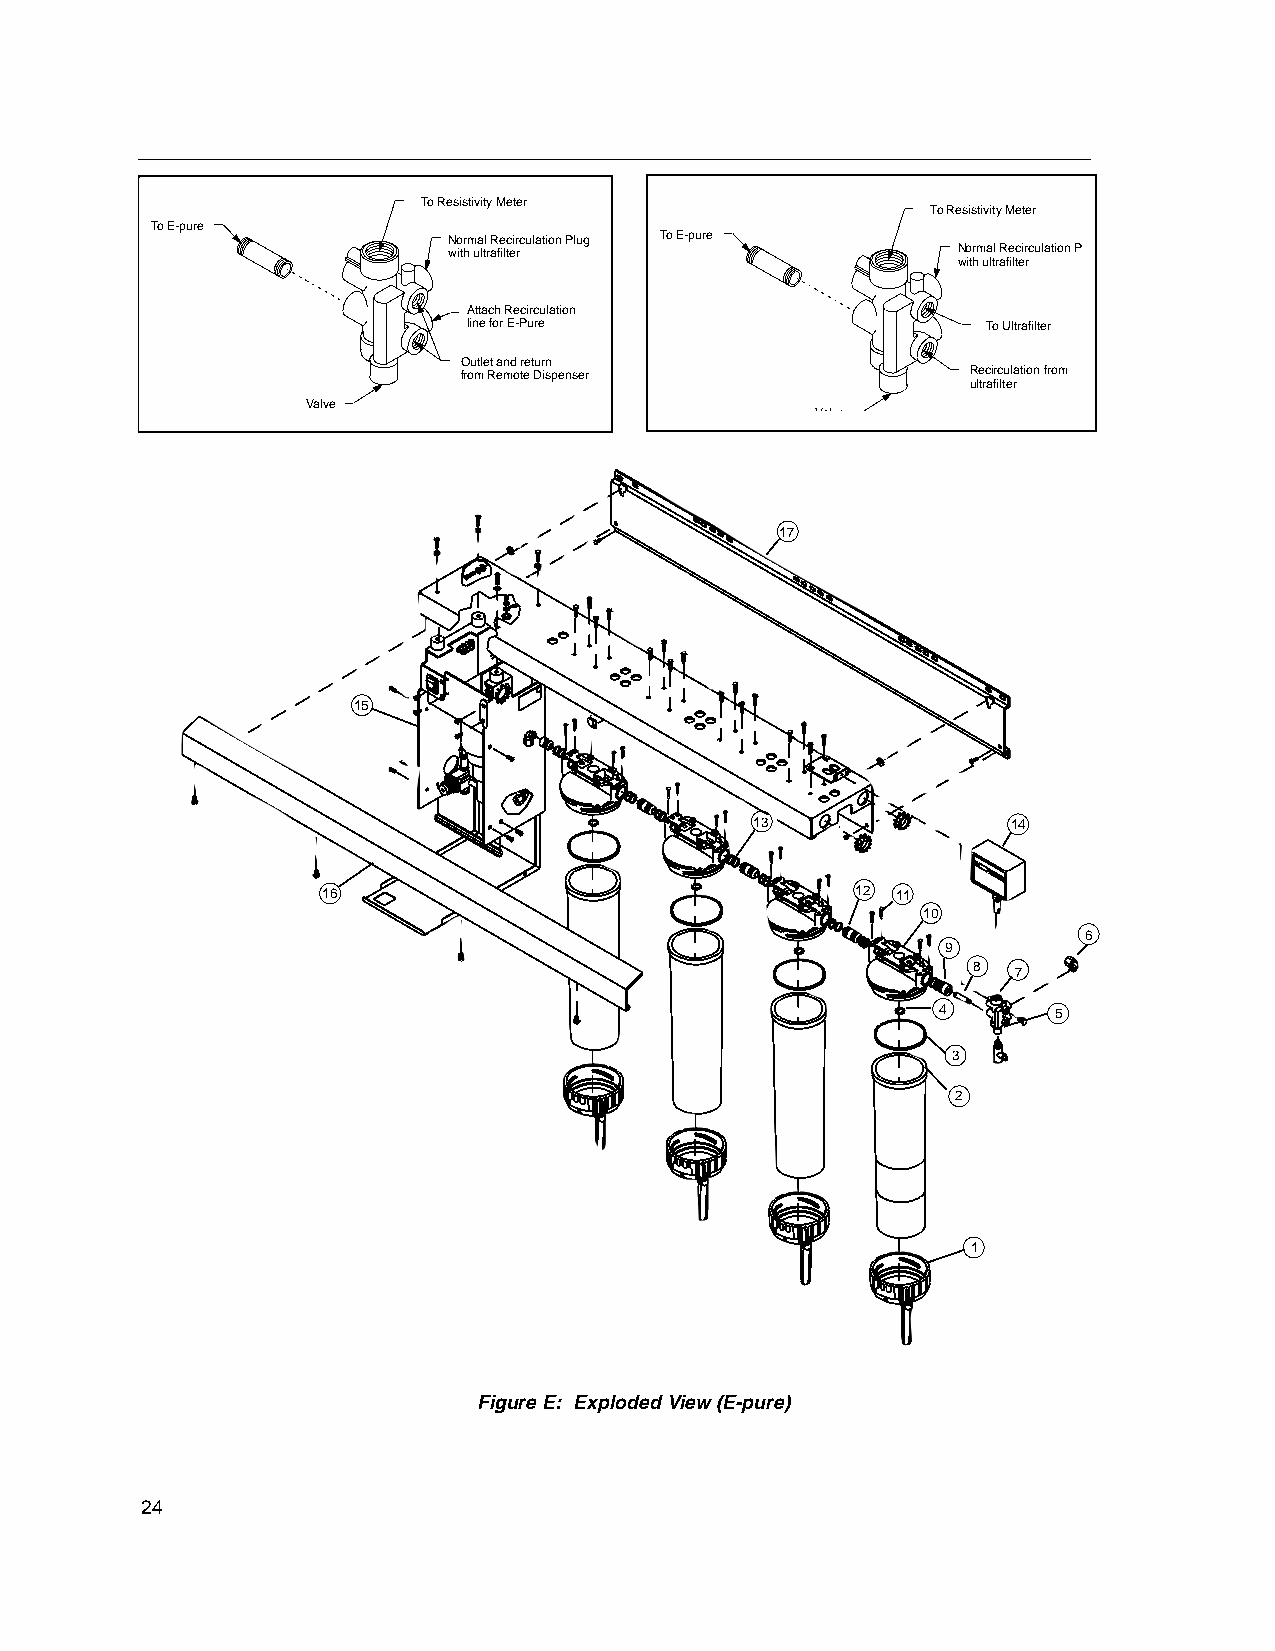
To Resistivity Meter
 To Resistivity Meter
 To E-pure
 Normal Recirculation Plug To E-pure
 with ultrafilter                 Normal Recirculation P
 with ultrafilter
 Attach Recirculation
 line for E-Pure                   To Ultrafilter
 Outlet and return
 from Remote Dispenser             Recirculation from
 ultrafilter
 Valve
 Valve
 17
 15
 13               14
 16                                  12 11
 10
 6
 9
 8  7
 4       5
 3
 2
 1
 Figure E: Exploded View (E-pure)
 24